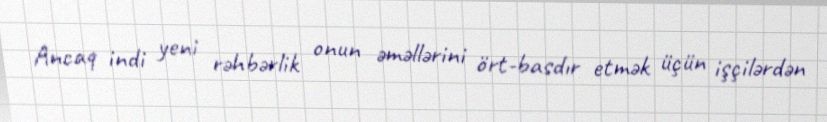
Ancaq indi yeni rəhbərlik onun əməllərini ört-basdır etmək üçün işçilərdən